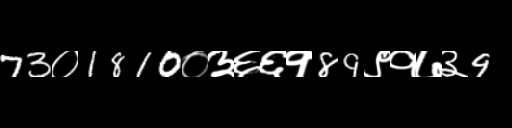
Text: 73०1810०३६६१89९१७३9